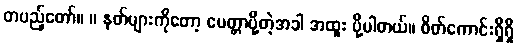
တပည့်တော်။ ။ နတ်များကိုတော့ မေတ္တာပို့တဲ့အခါ အထူး ပို့ပါတယ်။ စိတ်ကောင်းရှိရှိ